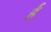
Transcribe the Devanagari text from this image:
र्ह